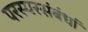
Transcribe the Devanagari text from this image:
परस्परसंबंधां